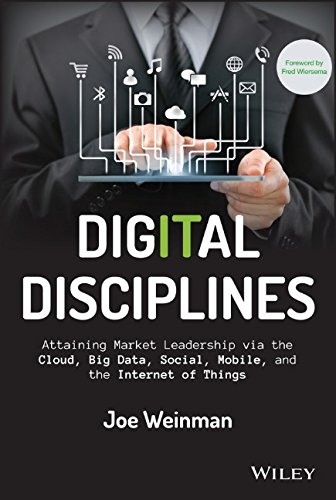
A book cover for Digital Disciplines: Attaining Market Leadership via the Cloud, Big Data, Social, Mobile, and the Internet of Things (Wiley CIO); Joe Weinman; Computers & Technology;